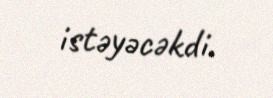
istəyəcəkdi.